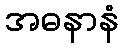
အဓနာနံ